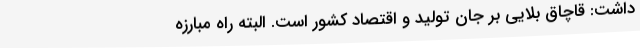
داشت: قاچاق بلایی بر جان تولید و اقتصاد کشور است. البته راه مبارزه